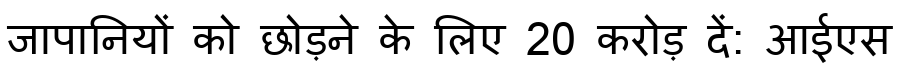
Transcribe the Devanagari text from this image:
जापानियों को छोड़ने के लिए 20 करोड़ दें: आईएस